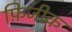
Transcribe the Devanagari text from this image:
फ़िजीक